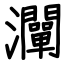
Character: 灛